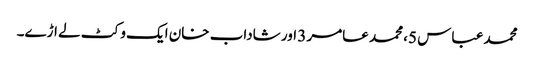
محمد عباس 5، محمد عامر 3 اور شاداب خان ایک وکٹ لے اڑے۔